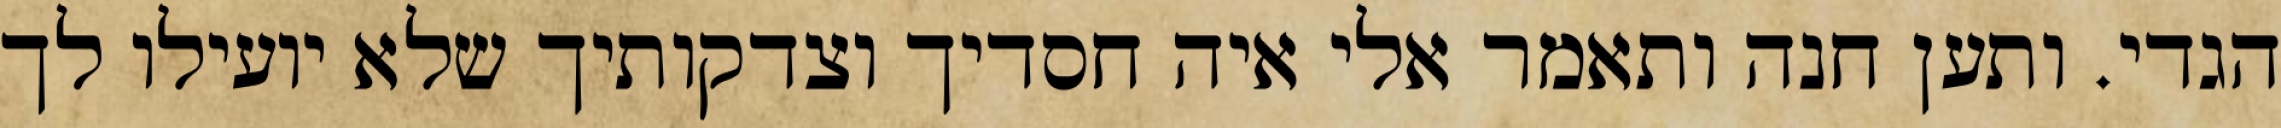
הגדי. ותען חנה ותאמר אלי איה חסדיך וצדקותיך שלא יועילו לך